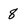
Character: 8